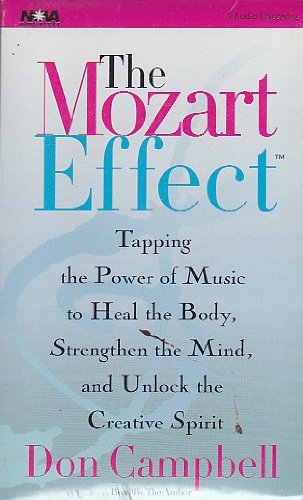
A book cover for The Mozart Effect (Nova Audio Books); Don Campbell; Health, Fitness & Dieting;